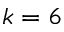
k = 6